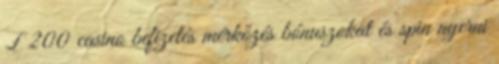
£ 200 casino befizetés mérkőzés bónuszokat és spin nyerni